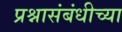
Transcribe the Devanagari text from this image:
प्रश्नासंबंधीच्या